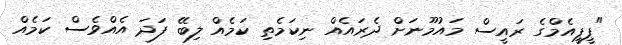
"ޕީޕީއެމްގެ ރައީސް މައުމޫނަށް ދެރައެއް ނިކަމެތި ކަމެއް ލިބޭ ފަދަ އެއްވެސް ކަމެއް